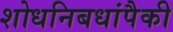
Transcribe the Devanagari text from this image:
शोधनिबधांपैकी